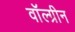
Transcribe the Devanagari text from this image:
वॉल्ग्रीन